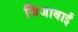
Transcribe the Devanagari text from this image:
जिजाबाईं